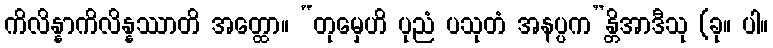
ကိလိန္နာကိလိန္နဿာတိ အတ္ထော။ “တုမှေဟိ ပုညံ ပသုတံ အနပ္ပက”န္တိအာဒီသု (ခု။ ပါ။